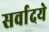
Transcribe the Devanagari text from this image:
सर्वादये